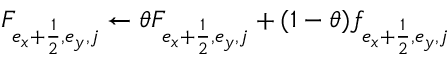
F _ { e _ { x } + \frac { 1 } { 2 } , e _ { y } , j } \gets \theta F _ { e _ { x } + \frac { 1 } { 2 } , e _ { y } , j } + ( 1 - \theta ) f _ { e _ { x } + \frac { 1 } { 2 } , e _ { y } , j }